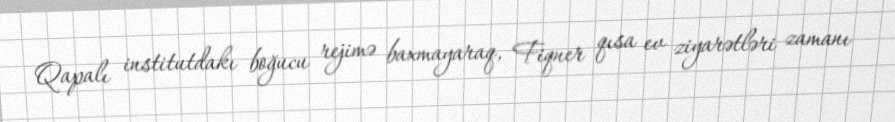
Qapalı institutdakı boğucu rejimə baxmayaraq, Fiqner qısa ev ziyarətləri zamanı